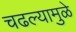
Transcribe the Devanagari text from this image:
चढल्यामुळे